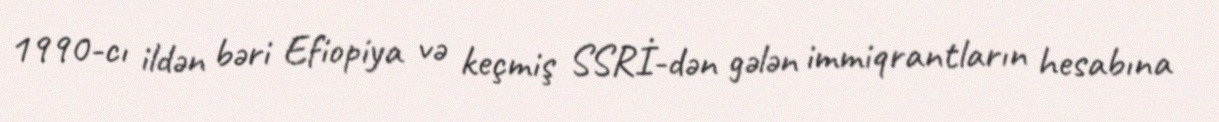
1990-cı ildən bəri Efiopiya və keçmiş SSRİ-dən gələn immiqrantların hesabına